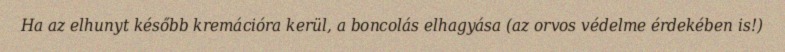
Ha az elhunyt később kremációra kerül, a boncolás elhagyása (az orvos védelme érdekében is!)